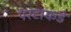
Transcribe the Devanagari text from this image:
परटाकडे